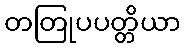
တတြုပပတ္တိယာ